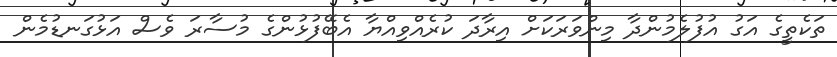
ތަކެތީގެ އަގު އުފުލެމުންދާ މިންވަރަކަށް އިރާދަ ކުރެއްވިއްޔާ އެބޭފުޅުންގެ މުސާރަ ވެސް އަޅުގަނޑުމެން